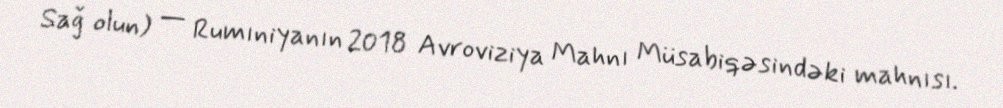
Sağ olun) — Rumıniyanın 2018 Avroviziya Mahnı Müsabiqəsindəki mahnısı.